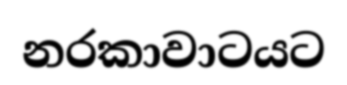
නරකාවාටයට